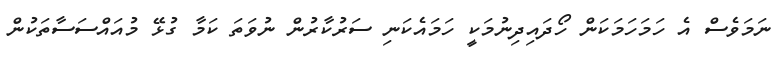
ނަމަވެސް އެ ހަމަހަމަކަން ހޯދައިދިނުމަކީ ހަމައެކަނި ސަރުކާރުން ނުވަތަ ކަމާ ގުޅޭ މުއައްސަސާތަކުން